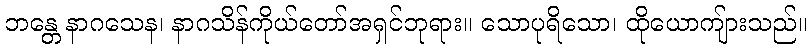
ဘန္တေ နာဂသေန၊ နာဂသိန်ကိုယ်တော်အရှင်ဘုရား။ သောပုရိသော၊ ထိုယောကျ်ားသည်။